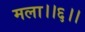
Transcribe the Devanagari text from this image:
मला।।६।।